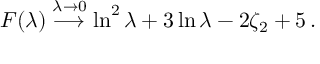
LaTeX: F ( \lambda ) \stackrel { \lambda \to 0 } { \longrightarrow } \ln ^ { 2 } \lambda + 3 \ln \lambda - 2 \zeta _ { 2 } + 5 \, .